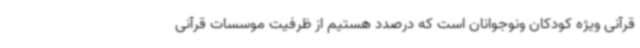
قرآنی ویژه کودکان ونوجوانان است که درصدد هستیم از ظرفیت موسسات قرآنی